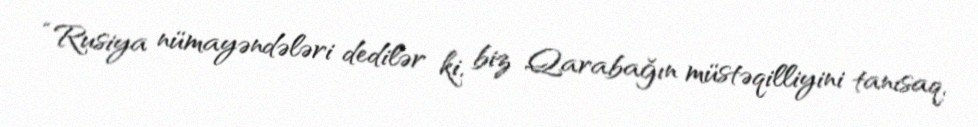
“Rusiya nümayəndələri dedilər ki, biz Qarabağın müstəqilliyini tanısaq,